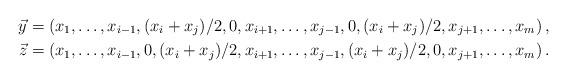
LaTeX: \begin{align*}\vec{y}& = \left(x_1,\ldots,x_{i-1},(x_i+x_j)/2, 0,x_{i+1}, \ldots,x_{j-1}, 0,(x_i+x_j)/2, x_{j+1}, \ldots, x_m\right), \\\vec{z}& = \left(x_1,\ldots,x_{i-1},0, (x_i+x_j)/2,x_{i+1}, \ldots,x_{j-1},(x_i+x_j)/2, 0,x_{j+1}, \ldots, x_m\right). \end{align*}